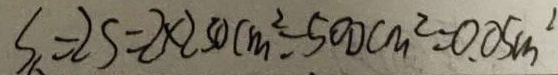
S _ { 6 } = 2 S = 2 \times 2 5 0 c m ^ { 2 } = 5 0 0 c m ^ { 2 } = 0 . 0 5 m ^ { 2 }